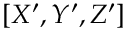
[ X ^ { \prime } , Y ^ { \prime } , Z ^ { \prime } ]